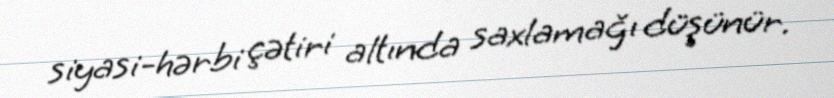
siyasi-hərbi çətiri altında saxlamağı düşünür.